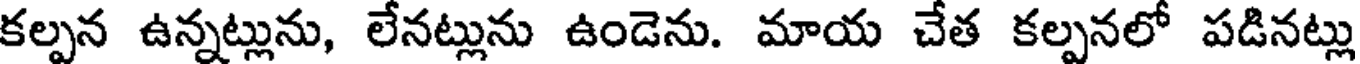
కల్పన ఉన్నట్లును, లేనట్లును ఉండెను. మాయ చేత కల్పనలో పడినట్లు